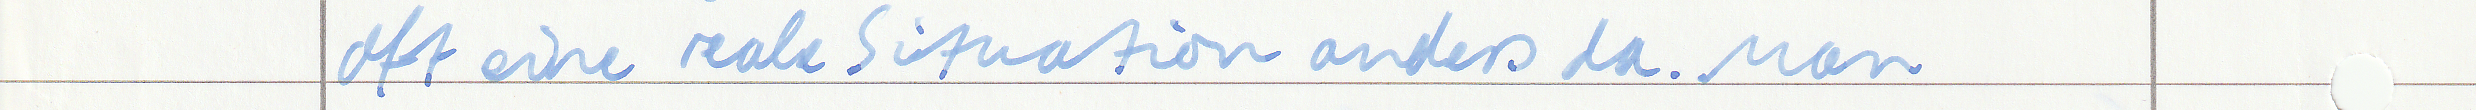
oft eine reale Situation anders da. Man